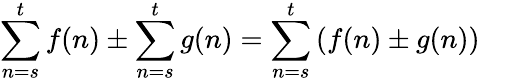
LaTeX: \sum_{n=s}^{t}f(n)\pm\sum_{n=s}^{t}g(n)=\sum_{n=s}^{t}\left(f(n)\pm g(n)\right)\quad